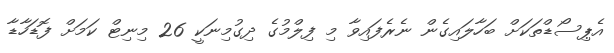
އެޕިސޯޑްތަކަށް ބަހާލައިގެން ނެރެފައިވާ މި ފިލްމުގެ ދިގުމިނަކީ 26 މިނިޓް ކަމަށް ފޮޑަހާޑާ